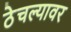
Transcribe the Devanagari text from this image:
ठेचल्यावर